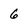
Character: 6